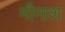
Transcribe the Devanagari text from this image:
मौनाश